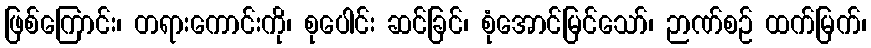
ဖြစ်ကြောင်း၊ တရားကောင်းကို၊ စုပေါင်း ဆင်ခြင်၊ စုံအောင်မြင်သော်၊ ဉာဏ်စဉ် ထက်မြက်၊